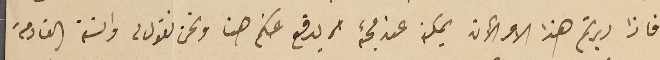
فاذا دبرتم هذا الامر الآن يمكن عند مجئه ان يدفع عنكم هنا ونحن نقول له والسنة القادمة